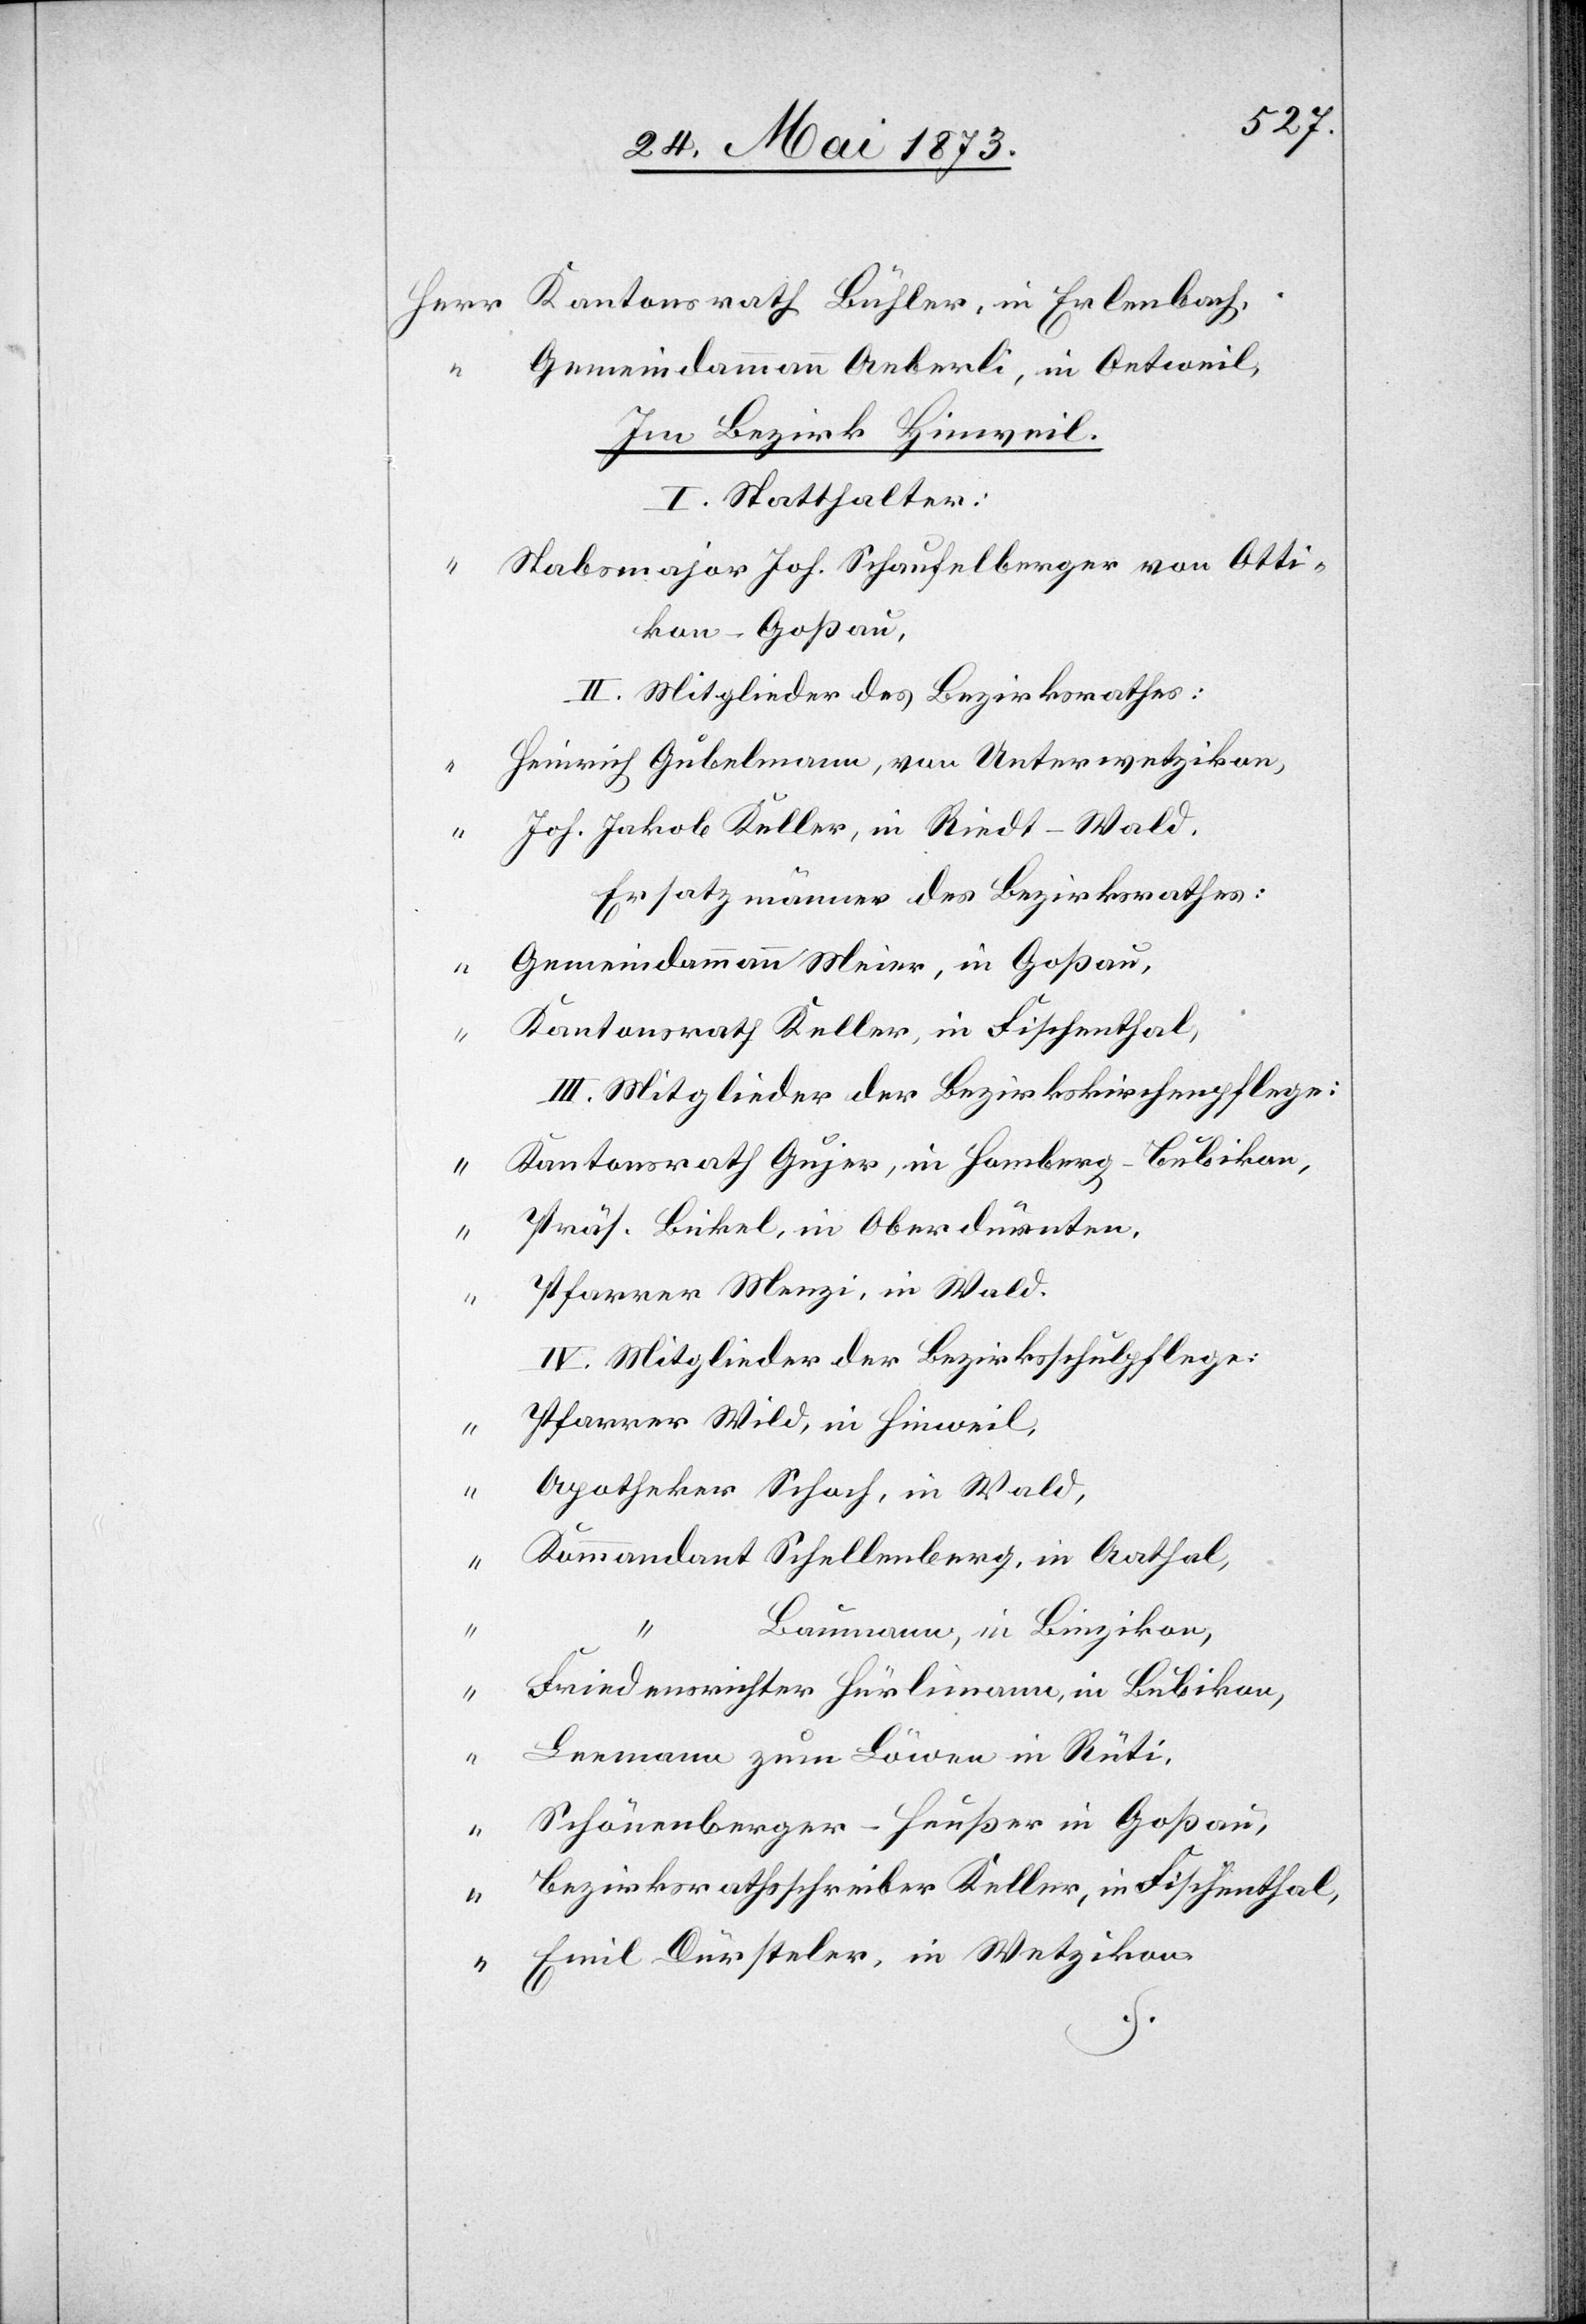
Kantonsrath Bühler, in Erlenbach,
Gemeindammann Aeberli, in Oetweil,
Im Bezirk Hinweil.
I. Statthalter:
Stabsmajor Joh. Schaufelberger von Otti¬
kon-Goßau,
II. Mitglieder des Bezirksrathes:
Heinrich Gubelmann, von Unterwetzikon,
“
Joh. Jakob Keller, in Riedt-Wald.
Ersatzmänner des Bezirksrathes:
Gemeindammann Meier, in Goßau,
Kantonsrath Keller, in Fischenthal,
III. Mitglieder der Bezirkskirchenpflege:
Kantonsrath Gujer, in Homberg-Bubikon,
Präs. Bickel, in Oberdürnten,
Pfarrer Menzi, in Wald.
IV. Mitglieder der Bezirksschulpflege:
Pfarrer Wild, in Hinweil,
Apotheker Schoch, in Wald,
Kommandant Schellenberg, in Aathal,
Baumann, in Binzikon,
Friedensrichter Hürlimann, in Bubikon,
Leemann zum Löwen in Rüti,
Schönenberger-Heußer in Goßau,
Bezirksrathsschreiber Keller, in Fischenthal,
Emil Dürsteler, in Wetzikon